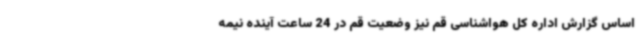
اساس گزارش اداره کل هواشناسی قم نیز وضعیت قم در 24 ساعت آینده نیمه